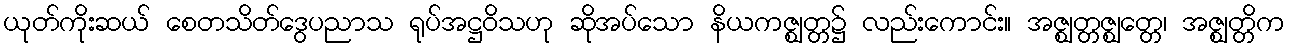
ယုတ်ကိုးဆယ် စေတသိတ်ဒွေပညာသ ရုပ်အဋ္ဌဝိသဟု ဆိုအပ်သော နိယကဇ္ဈတ္တ၌ လည်းကောင်း။ အဇ္ဈတ္တဇ္ဈတ္တေ၊ အဇ္ဈတ္တိက